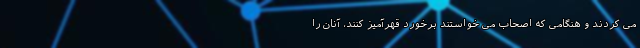
می کردند و هنگامی که اصحاب می خواستند برخورد قهرآمیز کنند، آنان را